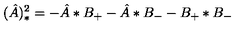
( \hat { A } ) _ { * } ^ { 2 } = - \hat { A } * B _ { + } - \hat { A } * B _ { - } - B _ { + } * B _ { - }